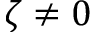
\zeta \neq 0